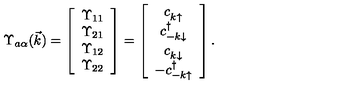
\Upsilon _ { a \alpha } ( \vec { k } ) = \left[ \begin{array} { c } { \Upsilon _ { 1 1 } } \\ { \Upsilon _ { 2 1 } } \\ { \Upsilon _ { 1 2 } } \\ { \Upsilon _ { 2 2 } } \\ \end{array} \right] = \left[ \begin{array} { c } { c _ { k \uparrow } ^ { \vphantom \dagger } } \\ { c _ { - k \downarrow } ^ { \dagger } } \\ { c _ { k \downarrow } ^ { \vphantom \dagger } } \\ { - c _ { - k \uparrow } ^ { \dagger } } \\ \end{array} \right] .